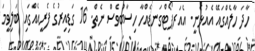
ހާދަ ހާލެއްގައޭ އެއުޅެނީ. އެއަރޕޯޓްގަނޑެއްހާ ހިސާބުވެސް ނެތް. 16 ގަޑިއިރުގެ ފެރީއެއްގައި ބަލިވީމަ